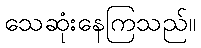
သေဆုံးနေကြသည်။